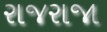
રાજરાજા